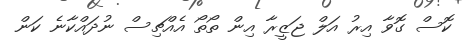
ކޮސް ގޮވާ އިރު އަލް ޖަޒީރާ އިން ތޯތޯ އެއްޗިސް ނުދައްކާނެ ކަން